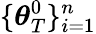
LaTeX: \lbrace\boldsymbol{\theta}_{T}^{0}\rbrace_{i=1}^{n}